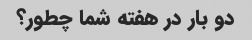
دو بار در هفته شما چطور؟